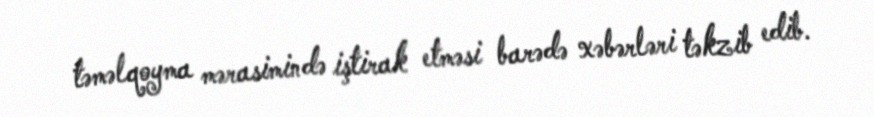
təməlqoyma mərasimində iştirak etməsi barədə xəbərləri təkzib edib.